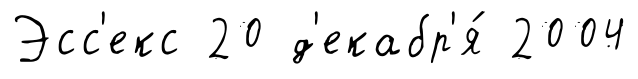
Эсс'екс 20 д'екабр'я́ 2004